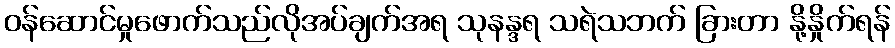
ဝန်ဆောင်မှုဖောက်သည်လိုအပ်ချက်အရ သုနန္ဒရ သရဲသဘက် ခြားတာ နို့နှိုက်ရန်